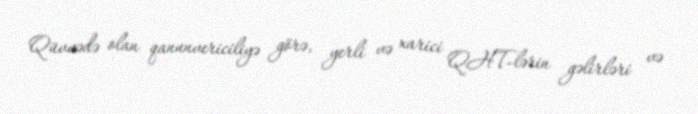
Qüvvədə olan qanunvericiliyə görə, yerli və xarici QHT-lərin gəlirləri və